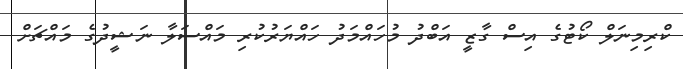
ކްރިމިނަލް ކޯޓުގެ އިސް ގާޒީ އަބްދު މުހައްމަދު ހައްޔަރުކުރި މައްސަލާ ނަޝީދުގެ މައްޗަށް